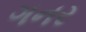
ગનર